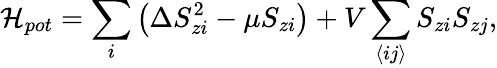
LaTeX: \mathcal{H}_{pot}=\sum_{i}\left(\Delta S_{zi}^{2}-\mu S_{zi}\right)+V\sum_{\left\langle ij\right\rangle}S_{zi}S_{zj},